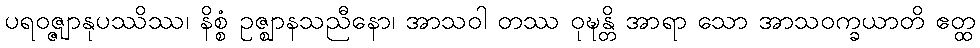
ပရဝဇ္ဇျာနုပဿိဿ၊ နိစ္စံ ဥဇ္ဈာနသညီနော၊ အာသဝါ တဿ ဝုဍ္ဎန္တိ အာရာ သော အာသဝက္ခယာတိ ဧတ္ထ